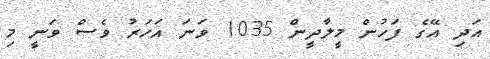
އަދި އޭގެ ފަހުން މީލާދީން 1035 ވަނަ އަހަރު ވެސް ވަނީ މި